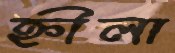
হ্নীলা